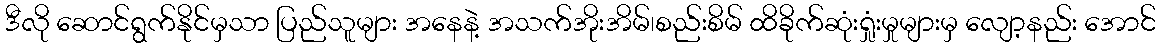
ဒီလို ဆောင်ရွက်နိုင်မှသာ ပြည်သူများ အနေနဲ့ အသက်အိုးအိမ်၊စည်းစိမ် ထိခိုက်ဆုံးရှုံးမှုများမှ လျော့နည်း အောင်